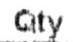
QTY